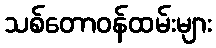
သစ်တောဝန်ထမ်းများ